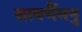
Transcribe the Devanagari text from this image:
सावर्णैमनु